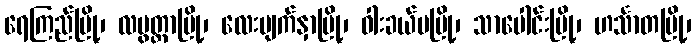
ရေကြည်မြို့၊ လပွတ္တာမြို့၊ လေးမျက်နှာမြို့၊ ဝါးခယ်မမြို့၊ သာပေါင်းမြို့၊ ဟင်္သာတမြို့၊